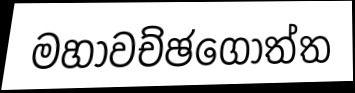
මහාවච්ඡගොත්ත